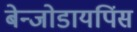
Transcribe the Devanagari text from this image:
बेन्जोडायपिंस